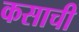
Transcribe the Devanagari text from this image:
कसाची